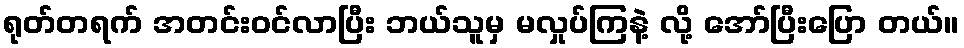
ရုတ်တရက် အတင်းဝင်လာပြီး ဘယ်သူမှ မလှုပ်ကြနဲ့ လို့ အော်ပြီးပြော တယ်။